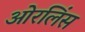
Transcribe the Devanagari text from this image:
ओरलिंस